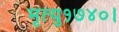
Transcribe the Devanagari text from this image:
मृत्यु१७४०।